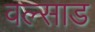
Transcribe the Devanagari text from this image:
वल्साड